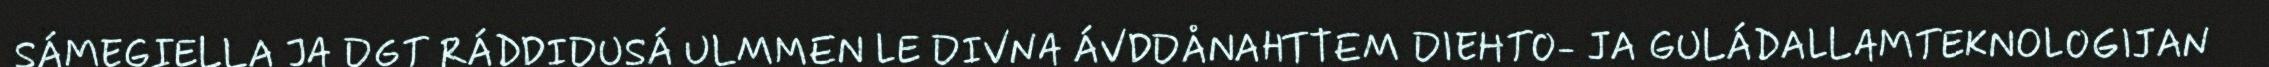
SÁMEGIELLA JA DGT RÁDDIDUSÁ ULMMEN LE DIVNA ÁVDDÅNAHTTEM DIEHTO- JA GULÁDALLAMTEKNOLOGIJAN